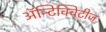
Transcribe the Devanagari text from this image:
अॅन्टिक्विटीज